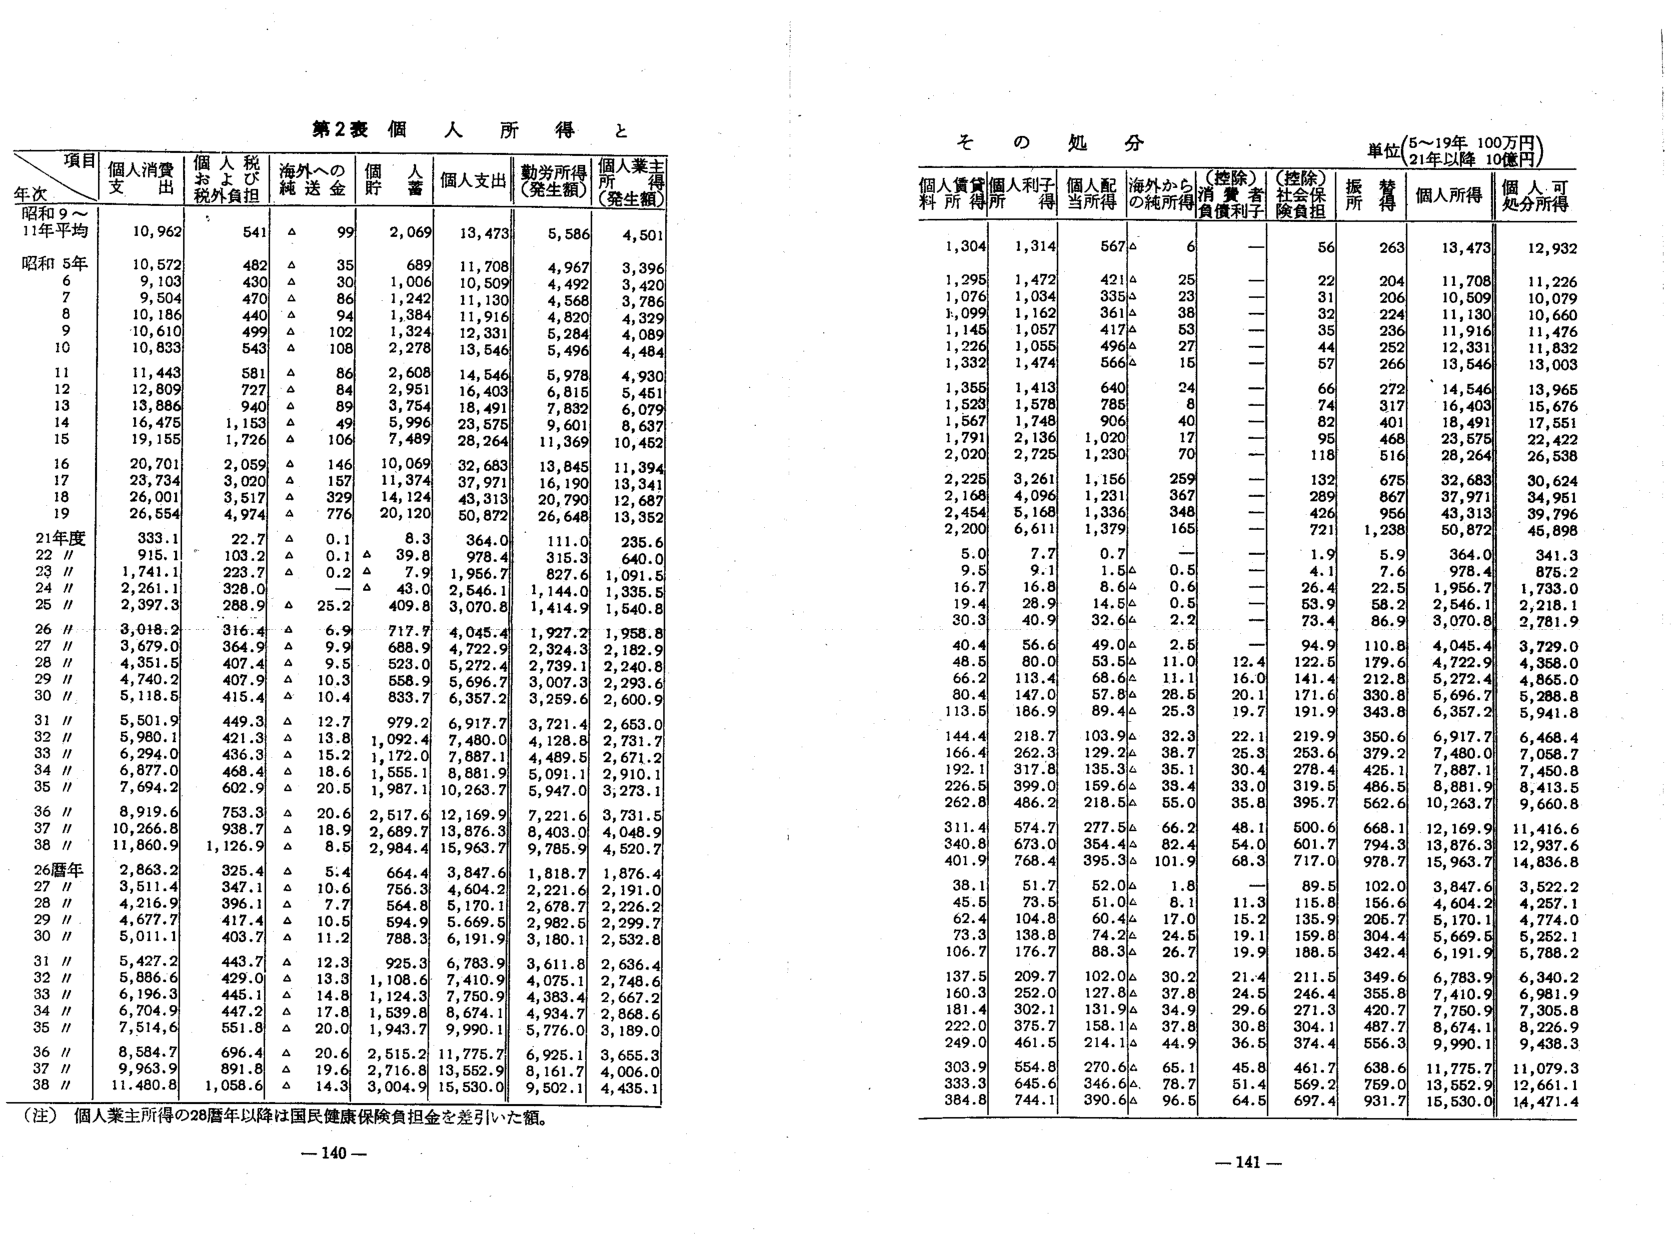
第2表 個人所得と

項目
年次
昭和9～11年平均
昭和5年
6
7
8
9
10
11
12
13
14
15
16
17
18
19
21年度
22Ⅱ
23Ⅱ
24Ⅱ
25Ⅱ
26Ⅱ
27Ⅱ
28Ⅱ
29Ⅱ
30Ⅱ
31Ⅱ
32Ⅱ
33Ⅱ
34Ⅱ
35Ⅱ
36Ⅱ
37Ⅱ
38Ⅱ
26暦年
27Ⅱ
28Ⅱ
29Ⅱ
30Ⅱ
31Ⅱ
32Ⅱ
33Ⅱ
34Ⅱ
35Ⅱ
36Ⅱ
37Ⅱ
38Ⅱ

個人消費支出
10,962
10,572
9,103
9,504
10,186
10,610
10,833
11,443
12,809
13,886
16,475
19,155
20,701
23,734
26,001
26,554
333.1
915.1
1,741.1
2,261.1
2,397.3
3,018.2
3,679.0
4,351.5
4,740.2
5,118.5
5,501.9
5,980.1
6,294.0
6,877.0
7,694.2
8,919.6
10,266.8
11,860.9
2,863.2
3,511.4
4,216.9
4,677.7
5,011.1
5,427.2
5,886.6
6,196.3
6,704.9
7,514.6
8,584.7
9,963.9
11,480.8

個人税および税負担
541
482
430
470
440
499
543
581
727
940
1,153
1,726
2,059
3,020
3,517
4,974
22.7
103.2
223.7
328.0
288.9
316.4
364.9
407.4
407.9
415.4
449.3
421.3
436.3
468.4
602.9
753.3
938.7
1,126.9
325.4
347.1
396.1
417.4
403.7
443.7
429.0
445.1
447.2
551.8
696.4
891.8
1,058.6

海外への純送金
△
△
△
△
△
△
△
△
△
△
△
△
△
△
△
△
△
△
△
△
△
△
△
△
△
△
△
△
△
△
△
△
△
△
△
△
△
△
△
△
△
△
△
△
△
△
△
△
△
△
△
△
△
△
△
△
△
△
△
△
△
△
△
△
△
△
△
△
△
△
△
△
△
△
△
△
△
△
△
△
△
△
△
△
△
△
△
△
△
△
△
△
△
△
△
△
△
△
△
△
△
△
△
△
△
△
△
△
△
△
△
△
△
△
△
△
△
△
△
△
△
△
△
△
△
△
△
△
△
△
△
△
△
△
△
△
△
△
△
△
△
△
△
△
△
△
△
△
△
△
△
△
△
△
△
△
△
△
△
△
△
△
△
△
△
△
△
△
△
△
△
△
△
△
△
△
△
△
△
△
△
△
△
△
△
△
△
△
△
△
△
△
△
△
△
△
△
△
△
△
△
△
△
△
△
△
△
△
△
△
△
△
△
△
△
△
△
△
△
△
△
△
△
△
△
△
△
△
△
△
△
△
△
△
△
△
△
△
△
△
△
△
△
△
△
△
△
△
△
△
△
△
△
△
△
△
△
△
△
△
△
△
△
△
△
△
△
△
△
△
△
△
△
△
△
△
△
△
△
△
△
△
△
△
△
△
△
△
△
△
△
△
△
△
△
△
△
△
△
△
△
△
△
△
△
△
△
△
△
△
△
△
△
△
△
△
△
△
△
△
△
△
△
△
△
△
△
△
△
△
△
△
△
△
△
△
△
△
△
△
△
△
△
△
△
△
△
△
△
△
△
△
△
△
△
△
△
△
△
△
△
△
△
△
△
△
△
△
△
△
△
△
△
△
△
△
△
△
△
△
△
△
△
△
△
△
△
△
△
△
△
△
△
△
△
△
△
△
△
△
△
△
△
△
△
△
△
△
△
△
△
△
△
△
△
△
△
△
△
△
△
△
△
△
△
△
△
△
△
△
△
△
△
△
△
△
△
△
△
△
△
△
△
△
△
△
△
△
△
△
△
△
△
△
△
△
△
△
△
△
△
△
△
△
△
△
△
△
△
△
△
△
△
△
△
△
△
△
△
△
△
△
△
△
△
△
△
△
△
△
△
△
△
△
△
△
△
△
△
△
△
△
△
△
△
△
△
△
△
△
△
△
△
△
△
△
△
△
△
△
△
△
△
△
△
△
△
△
△
△
△
△
△
△
△
△
△
△
△
△
△
△
△
△
△
△
△
△
△
△
△
△
△
△
△
△
△
△
△
△
△
△
△
△
△
△
△
△
△
△
△
△
△
△
△
△
△
△
△
△
△
△
△
△
△
△
△
△
△
△
△
△
△
△
△
△
△
△
△
△
△
△
△
△
△
△
△
△
△
△
△
△
△
△
△
△
△
△
△
△
△
△
△
△
△
△
△
△
△
△
△
△
△
△
△
△
△
△
△
△
△
△
△
△
△
△
△
△
△
△
△
△
△
△
△
△
△
△
△
△
△
△
△
△
△
△
△
△
△
△
△
△
△
△
△
△
△
△
△
△
△
△
△
△
△
△
△
△
△
△
△
△
△
△
△
△
△
△
△
△
△
△
△
△
△
△
△
△
△
△
△
△
△
△
△
△
△
△
△
△
△
△
△
△
△
△
△
△
△
△
△
△
△
△
△
△
△
△
△
△
△
△
△
△
△
△
△
△
△
△
△
△
△
△
△
△
△
△
△
△
△
△
△
△
△
△
△
△
△
△
△
△
△
△
△
△
△
△
△
△
△
△
△
△
△
△
△
△
△
△
△
△
△
△
△
△
△
△
△
△
△
△
△
△
△
△
△
△
△
△
△
△
△
△
△
△
△
△
△
△
△
△
△
△
△
△
△
△
△
△
△
△
△
△
△
△
△
△
△
△
△
△
△
△
△
△
△
△
△
△
△
△
△
△
△
△
△
△
△
△
△
△
△
△
△
△
△
△
△
△
△
△
△
△
△
△
△
△
△
△
△
△
△
△
△
△
△
△
△
△
△
△
△
△
△
△
△
△
△
△
△
△
△
△
△
△
△
△
△
△
△
△
△
△
△
△
△
△
△
△
△
△
△
△
△
△
△
△
△
△
△
△
△
△
△
△
△
△
△
△
△
△
△
△
△
△
△
△
△
△
△
△
△
△
△
△
△
△
△
△
△
△
△
△
△
△
△
△
△
△
△
△
△
△
△
△
△
△
△
△
△
△
△
△
△
△
△
△
△
△
△
△
△
△
△
△
△
△
△
△
△
△
△
△
△
△
△
△
△
△
△
△
△
△
△
△
△
△
△
△
△
△
△
△
△
△
△
△
△
△
△
△
△
△
△
△
△
△
△
△
△
△
△
△
△
△
△
△
△
△
△
△
△
△
△
△
△
△
△
△
△
△
△
△
△
△
△
△
△
△
△
△
△
△
△
△
△
△
△
△
△
△
△
△
△
△
△
△
△
△
△
△
△
△
△
△
△
△
△
△
△
△
△
△
△
△
△
△
△
△
△
△
△
△
△
△
△
△
△
△
△
△
△
△
△
△
△
△
△
△
△
△
△
△
△
△
△
△
△
△
△
△
△
△
△
△
△
△
△
△
△
△
△
△
△
△
△
△
△
△
△
△
△
△
△
△
△
△
△
△
△
△
△
△
△
△
△
△
△
△
△
△
△
△
△
△
△
△
△
△
△
△
△
△
△
△
△
△
△
△
△
△
△
△
△
△
△
△
△
△
△
△
△
△
△
△
△
△
△
△
△
△
△
△
△
△
△
△
△
△
△
△
△
△
△
△
△
△
△
△
△
△
△
△
△
△
△
△
△
△
△
△
△
△
△
△
△
△
△
△
△
△
△
△
△
△
△
△
△
△
△
△
△
△
△
△
△
△
△
△
△
△
△
△
△
△
△
△
△
△
△
△
△
△
△
△
△
△
△
△
△
△
△
△
△
△
△
△
△
△
△
△
△
△
△
△
△
△
△
△
△
△
△
△
△
△
△
△
△
△
△
△
△
△
△
△
△
△
△
△
△
△
△
△
△
△
△
△
△
△
△
△
△
△
△
△
△
△
△
△
△
△
△
△
△
△
△
△
△
△
△
△
△
△
△
△
△
△
△
△
△
△
△
△
△
△
△
△
△
△
△
△
△
△
△
△
△
△
△
△
△
△
△
△
△
△
△
△
△
△
△
△
△
△
△
△
△
△
△
△
△
△
△
△
△
△
△
△
△
△
△
△
△
△
△
△
△
△
△
△
△
△
△
△
△
△
△
△
△
△
△
△
△
△
△
△
△
△
△
△
△
△
△
△
△
△
△
△
△
△
△
△
△
△
△
△
△
△
△
△
△
△
△
△
△
△
△
△
△
△
△
△
△
△
△
△
△
△
△
△
△
△
△
△
△
△
△
△
△
△
△
△
△
△
△
△
△
△
△
△
△
△
△
△
△
△
△
△
△
△
△
△
△
△
△
△
△
△
△
△
△
△
△
△
△
△
△
△
△
△
△
△
△
△
△
△
△
△
△
△
△
△
△
△
△
△
△
△
△
△
△
△
△
△
△
△
△
△
△
△
△
△
△
△
△
△
△
△
△
△
△
△
△
△
△
△
△
△
△
△
△
△
△
△
△
△
△
△
△
△
△
△
△
△
△
△
△
△
△
△
△
△
△
△
△
△
△
△
△
△
△
△
△
△
△
△
△
△
△
△
△
△
△
△
△
△
△
△
△
△
△
△
△
△
△
△
△
△
△
△
△
△
△
△
△
△
△
△
△
△
△
△
△
△
△
△
△
△
△
△
△
△
△
△
△
△
△
△
△
△
△
△
△
△
△
△
△
△
△
△
△
△
△
△
△
△
△
△
△
△
△
△
△
△
△
△
△
△
△
△
△
△
△
△
△
△
△
△
△
△
△
△
△
△
△
△
△
△
△
△
△
△
△
△
△
△
△
△
△
△
△
△
△
△
△
△
△
△
△
△
△
△
△
△
△
△
△
△
△
△
△
△
△
△
△
△
△
△
△
△
△
△
△
△
△
△
△
△
△
△
△
△
△
△
△
△
△
△
△
△
△
△
△
△
△
△
△
△
△
△
△
△
△
△
△
△
△
△
△
△
△
△
△
△
△
△
△
△
△
△
△
△
△
△
△
△
△
△
△
△
△
△
△
△
△
△
△
△
△
△
△
△
△
△
△
△
△
△
△
△
△
△
△
△
△
△
△
△
△
△
△
△
△
△
△
△
△
△
△
△
△
△
△
△
△
△
△
△
△
△
△
△
△
△
△
△
△
△
△
△
△
△
△
△
△
△
△
△
△
△
△
△
△
△
△
△
△
△
△
△
△
△
△
△
△
△
△
△
△
△
△
△
△
△
△
△
△
△
△
△
△
△
△
△
△
△
△
△
△
△
△
△
△
△
△
△
△
△
△
△
△
△
△
△
△
△
△
△
△
△
△
△
△
△
△
△
△
△
△
△
△
△
△
△
△
△
△
△
△
△
△
△
△
△
△
△
△
△
△
△
△
△
△
△
△
△
△
△
△
△
△
△
△
△
△
△
△
△
△
△
△
△
△
△
△
△
△
△
△
△
△
△
△
△
△
△
△
△
△
△
△
△
△
△
△
△
△
△
△
△
△
△
△
△
△
△
△
△
△
△
△
△
△
△
△
△
△
△
△
△
△
△
△
△
△
△
△
△
△
△
△
△
△
△
△
△
△
△
△
△
△
△
△
△
△
△
△
△
△
△
△
△
△
△
△
△
△
△
△
△
△
△
△
△
△
△
△
△
△
△
△
△
△
△
△
△
△
△
△
△
△
△
△
△
△
△
△
△
△
△
△
△
△
△
△
△
△
△
△
△
△
△
△
△
△
△
△
△
△
△
△
△
△
△
△
△
△
△
△
△
△
△
△
△
△
△
△
△
△
△
△
△
△
△
△
△
△
△
△
△
△
△
△
△
△
△
△
△
△
△
△
△
△
△
△
△
△
△
△
△
△
△
△
△
△
△
△
△
△
△
△
△
△
△
△
△
△
△
△
△
△
△
△
△
△
△
△
△
△
△
△
△
△
△
△
△
△
△
△
△
△
△
△
△
△
△
△
△
△
△
△
△
△
△
△
△
△
△
△
△
△
△
△
△
△
△
△
△
△
△
△
△
△
△
△
△
△
△
△
△
△
△
△
△
△
△
△
△
△
△
△
△
△
△
△
△
△
△
△
△
△
△
△
△
△
△
△
△
△
△
△
△
△
△
△
△
△
△
△
△
△
△
△
△
△
△
△
△
△
△
△
△
△
△
△
△
△
△
△
△
△
△
△
△
△
△
△
△
△
△
△
△
△
△
△
△
△
△
△
△
△
△
△
△
△
△
△
△
△
△
△
△
△
△
△
△
△
△
△
△
△
△
△
△
△
△
△
△
△
△
△
△
△
△
△
△
△
△
△
△
△
△
△
△
△
△
△
△
△
△
△
△
△
△
△
△
△
△
△
△
△
△
△
△
△
△
△
△
△
△
△
△
△
△
△
△
△
△
△
△
△
△
△
△
△
△
△
△
△
△
△
△
△
△
△
△
△
△
△
△
△
△
△
△
△
△
△
△
△
△
△
△
△
△
△
△
△
△
△
△
△
△
△
△
△
△
△
△
△
△
△
△
△
△
△
△
△
△
△
△
△
△
△
△
△
△
△
△
△
△
△
△
△
△
△
△
△
△
△
△
△
△
△
△
△
△
△
△
△
△
△
△
△
△
△
△
△
△
△
△
△
△
△
△
△
△
△
△
△
△
△
△
△
△
△
△
△
△
△
△
△
△
△
△
△
△
△
△
△
△
△
△
△
△
△
△
△
△
△
△
△
△
△
△
△
△
△
△
△
△
△
△
△
△
△
△
△
△
△
△
△
△
△
△
△
△
△
△
△
△
△
△
△
△
△
△
△
△
△
△
△
△
△
△
△
△
△
△
△
△
△
△
△
△
△
△
△
△
△
△
△
△
△
△
△
△
△
△
△
△
△
△
△
△
△
△
△
△
△
△
△
△
△
△
△
△
△
△
△
△
△
△
△
△
△
△
△
△
△
△
△
△
△
△
△
△
△
△
△
△
△
△
△
△
△
△
△
△
△
△
△
△
△
△
△
△
△
△
△
△
△
△
△
△
△
△
△
△
△
△
△
△
△
△
△
△
△
△
△
△
△
△
△
△
△
△
△
△
△
△
△
△
△
△
△
△
△
△
△
△
△
△
△
△
△
△
△
△
△
△
△
△
△
△
△
△
△
△
△
△
△
△
△
△
△
△
△
△
△
△
△
△
△
△
△
△
△
△
△
△
△
△
△
△
△
△
△
△
△
△
△
△
△
△
△
△
△
△
△
△
△
△
△
△
△
△
△
△
△
△
△
△
△
△
△
△
△
△
△
△
△
△
△
△
△
△
△
△
△
△
△
△
△
△
△
△
△
△
△
△
△
△
△
△
△
△
△
△
△
△
△
△
△
△
△
△
△
△
△
△
△
△
△
△
△
△
△
△
△
△
△
△
△
△
△
△
△
△
△
△
△
△
△
△
△
△
△
△
△
△
△
△
△
△
△
△
△
△
△
△
△
△
△
△
△
△
△
△
△
△
△
△
△
△
△
△
△
△
△
△
△
△
△
△
△
△
△
△
△
△
△
△
△
△
△
△
△
△
△
△
△
△
△
△
△
△
△
△
△
△
△
△
△
△
△
△
△
△
△
△
△
△
△
△
△
△
△
△
△
△
△
△
△
△
△
△
△
△
△
△
△
△
△
△
△
△
△
△
△
△
△
△
△
△
△
△
△
△
△
△
△
△
△
△
△
△
△
△
△
△
△
△
△
△
△
△
△
△
△
△
△
△
△
△
△
△
△
△
△
△
△
△
△
△
△
△
△
△
△
△
△
△
△
△
△
△
△
△
△
△
△
△
△
△
△
△
△
△
△
△
△
△
△
△
△
△
△
△
△
△
△
△
△
△
△
△
△
△
△
△
△
△
△
△
△
△
△
△
△
△
△
△
△
△
△
△
△
△
△
△
△
△
△
△
△
△
△
△
△
△
△
△
△
△
△
△
△
△
△
△
△
△
△
△
△
△
△
△
△
△
△
△
△
△
△
△
△
△
△
△
△
△
△
△
△
△
△
△
△
△
△
△
△
△
△
△
△
△
△
△
△
△
△
△
△
△
△
△
△
△
△
△
△
△
△
△
△
△
△
△
△
△
△
△
△
△
△
△
△
△
△
△
△
△
△
△
△
△
△
△
△
△
△
△
△
△
△
△
△
△
△
△
△
△
△
△
△
△
△
△
△
△
△
△
△
△
△
△
△
△
△
△
△
△
△
△
△
△
△
△
△
△
△
△
△
△
△
△
△
△
△
△
△
△
△
△
△
△
△
△
△
△
△
△
△
△
△
△
△
△
△
△
△
△
△
△
△
△
△
△
△
△
△
△
△
△
△
△
△
△
△
△
△
△
△
△
△
△
△
△
△
△
△
△
△
△
△
△
△
△
△
△
△
△
△
△
△
△
△
△
△
△
△
△
△
△
△
△
△
△
△
△
△
△
△
△
△
△
△
△
△
△
△
△
△
△
△
△
△
△
△
△
△
△
△
△
△
△
△
△
△
△
△
△
△
△
△
△
△
△
△
△
△
△
△
△
△
△
△
△
△
△
△
△
△
△
△
△
△
△
△
△
△
△
△
△
△
△
△
△
△
△
△
△
△
△
△
△
△
△
△
△
△
△
△
△
△
△
△
△
△
△
△
△
△
△
△
△
△
△
△
△
△
△
△
△
△
△
△
△
△
△
△
△
△
△
△
△
△
△
△
△
△
△
△
△
△
△
△
△
△
△
△
△
△
△
△
△
△
△
△
△
△
△
△
△
△
△
△
△
△
△
△
△
△
△
△
△
△
△
△
△
△
△
△
△
△
△
△
△
△
△
△
△
△
△
△
△
△
△
△
△
△
△
△
△
△
△
△
△
△
△
△
△
△
△
△
△
△
△
△
△
△
△
△
△
△
△
△
△
△
△
△
△
△
△
△
△
△
△
△
△
△
△
△
△
△
△
△
△
△
△
△
△
△
△
△
△
△
△
△
△
△
△
△
△
△
△
△
△
△
△
△
△
△
△
△
△
△
△
△
△
△
△
△
△
△
△
△
△
△
△
△
△
△
△
△
△
△
△
△
△
△
△
△
△
△
△
△
△
△
△
△
△
△
△
△
△
△
△
△
△
△
△
△
△
△
△
△
△
△
△
△
△
△
△